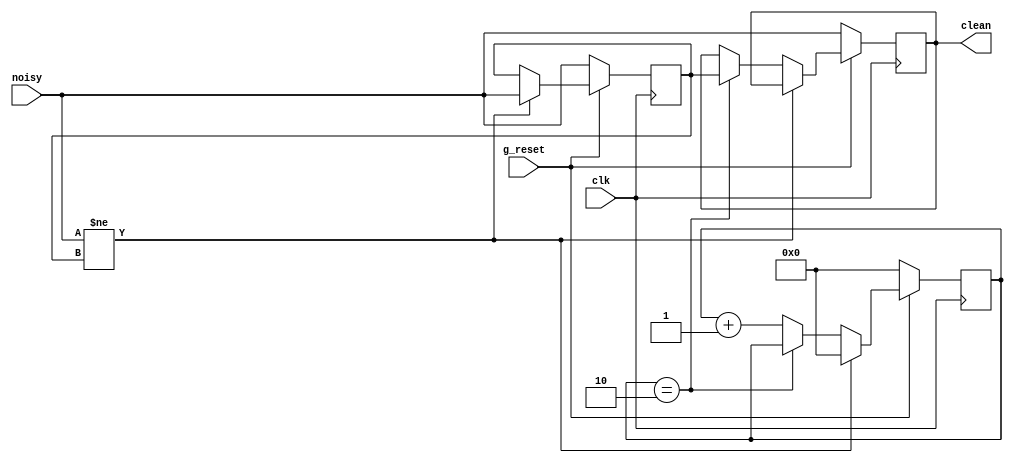
// Switch Debounce Module
// use your system clock for the clock input
// to produce a synchronous, debounced output
module debounce (g_reset, clk, noisy, clean);

    parameter DELAY = 2;   // .01 sec with a 27Mhz clock
    input g_reset, clk, noisy;
    output clean;

    reg [18:0] count;
    reg new, clean;

    always @(posedge clk) begin
        if (!g_reset) begin
            count <= 0;
            new <= noisy;
            clean <= noisy;
        end else if (noisy != new) begin
	        new <= noisy;
	        count <= 0;
        end else if (count == DELAY)
            clean <= new;
        else count <= count+19'd1;
    end
      
endmodule